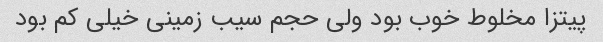
پیتزا مخلوط خوب بود ولی حجم سیب زمینی خیلی کم بود